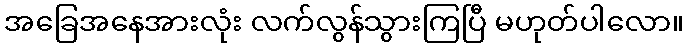
အခြေအနေအားလုံး လက်လွန်သွားကြပြီ မဟုတ်ပါလော။